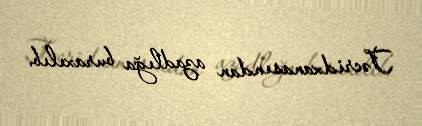
Təcridxanasından azadlığa buraxılıb.